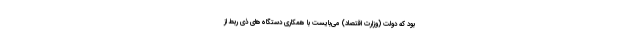
بود که دولت (وزارت اقتصاد) می‌بایست با همکاری دستگاه‌های ذی ربط از